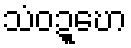
သံဝဍ္ဎော